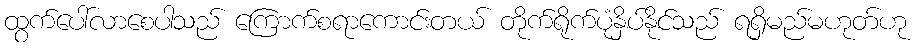
ထွက်ပေါ်လာစေပါသည် ကြောက်စရာကောင်းတယ် တိုက်ရိုက်ပုံနှိပ်နိုင်သည် ရရှိမည်မဟုတ်ဟု